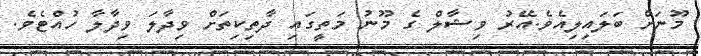
މޫނަށް ބަލައިލިއެވެ.އޭރު ވިޝާލް ގެ މޫނު މަތީގައި ދާތިކިތަށް ވިދާލަ ވިދާލާ ހުއްޓެވެ.